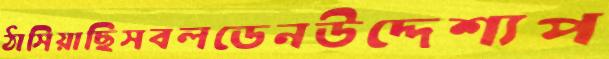
ঠাসিয়াছিসবলডেনউদ্দেশ্যপ